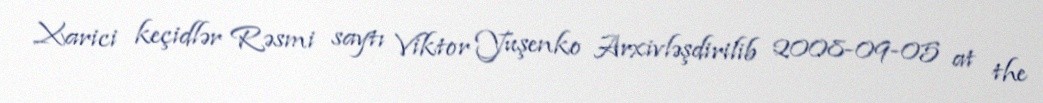
Xarici keçidlər Rəsmi saytı Viktor Yuşenko Arxivləşdirilib 2008-09-05 at the